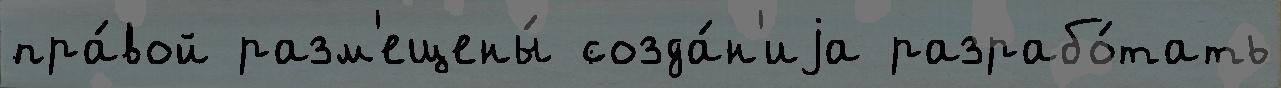
пра́вой разм'ещены́ созда́н'иjа разрабо́тать